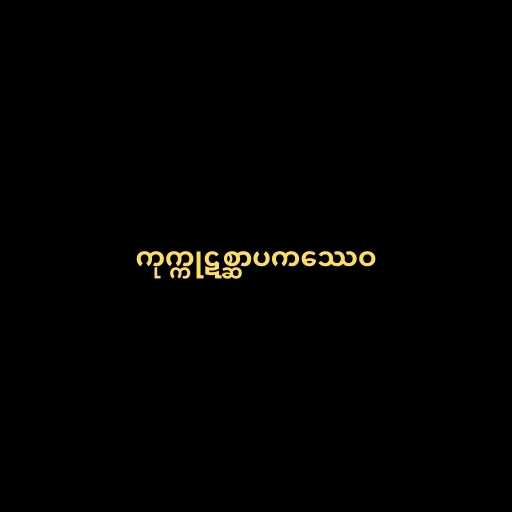
ကုက္ကုဋစ္ဆာပကဿေဝ